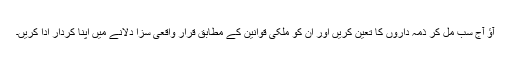
آؤ آج سب مل کر ذمہ داروں کا تعین کریں اور ان کو ملکی قوانین کے مطابق قرار واقعی سزا دلانے میں اپنا کردار ادا کریں۔